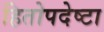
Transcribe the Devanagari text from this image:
हितोपदेष्टा